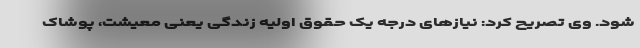
شود. وی تصریح کرد: نیازهای درجه یک حقوق اولیه زندگی یعنی معیشت، پوشاک